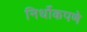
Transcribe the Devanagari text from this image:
निर्धोकपणे